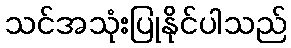
သင်အသုံးပြုနိုင်ပါသည်